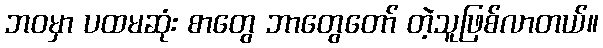
ဘဝမှာ ပထမဆုံး စာတွေ ဘာတွေတော် တဲ့သူဖြစ်လာတယ်။